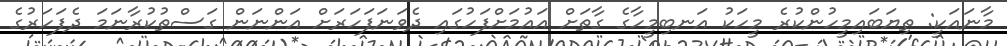
މާނައަކީ: ތިޔަބައިމީހުންކުރެ މީހަކު އަނބިމީހާގެ ގާތަށް އައުމަށްފަހުގައި ދެވަނަފަހަރަށް އަންނަން ގަސްތުކުރާނަމަ ދެފަހަރުގެ